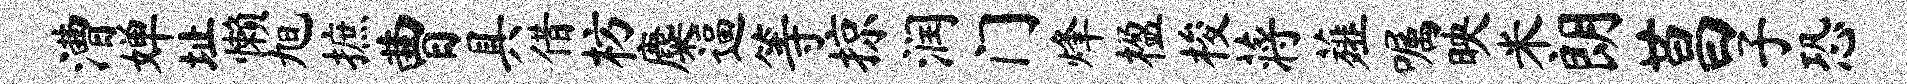
漕婵址懒旭摭曹具借枋麋逼等掠润门烽楹梭蒋薤嘱映米朗莒子恐